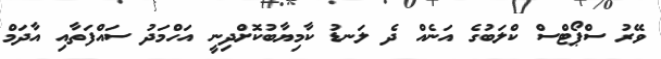
ވޭރު ސްޕޯޓްސް ކްލަބުގެ އަނެއް ދެ ލަނޑު ކާމިޔާބުކޮށްދިނީ އަހްމަދު ސައްފަތާއި އާދަމް